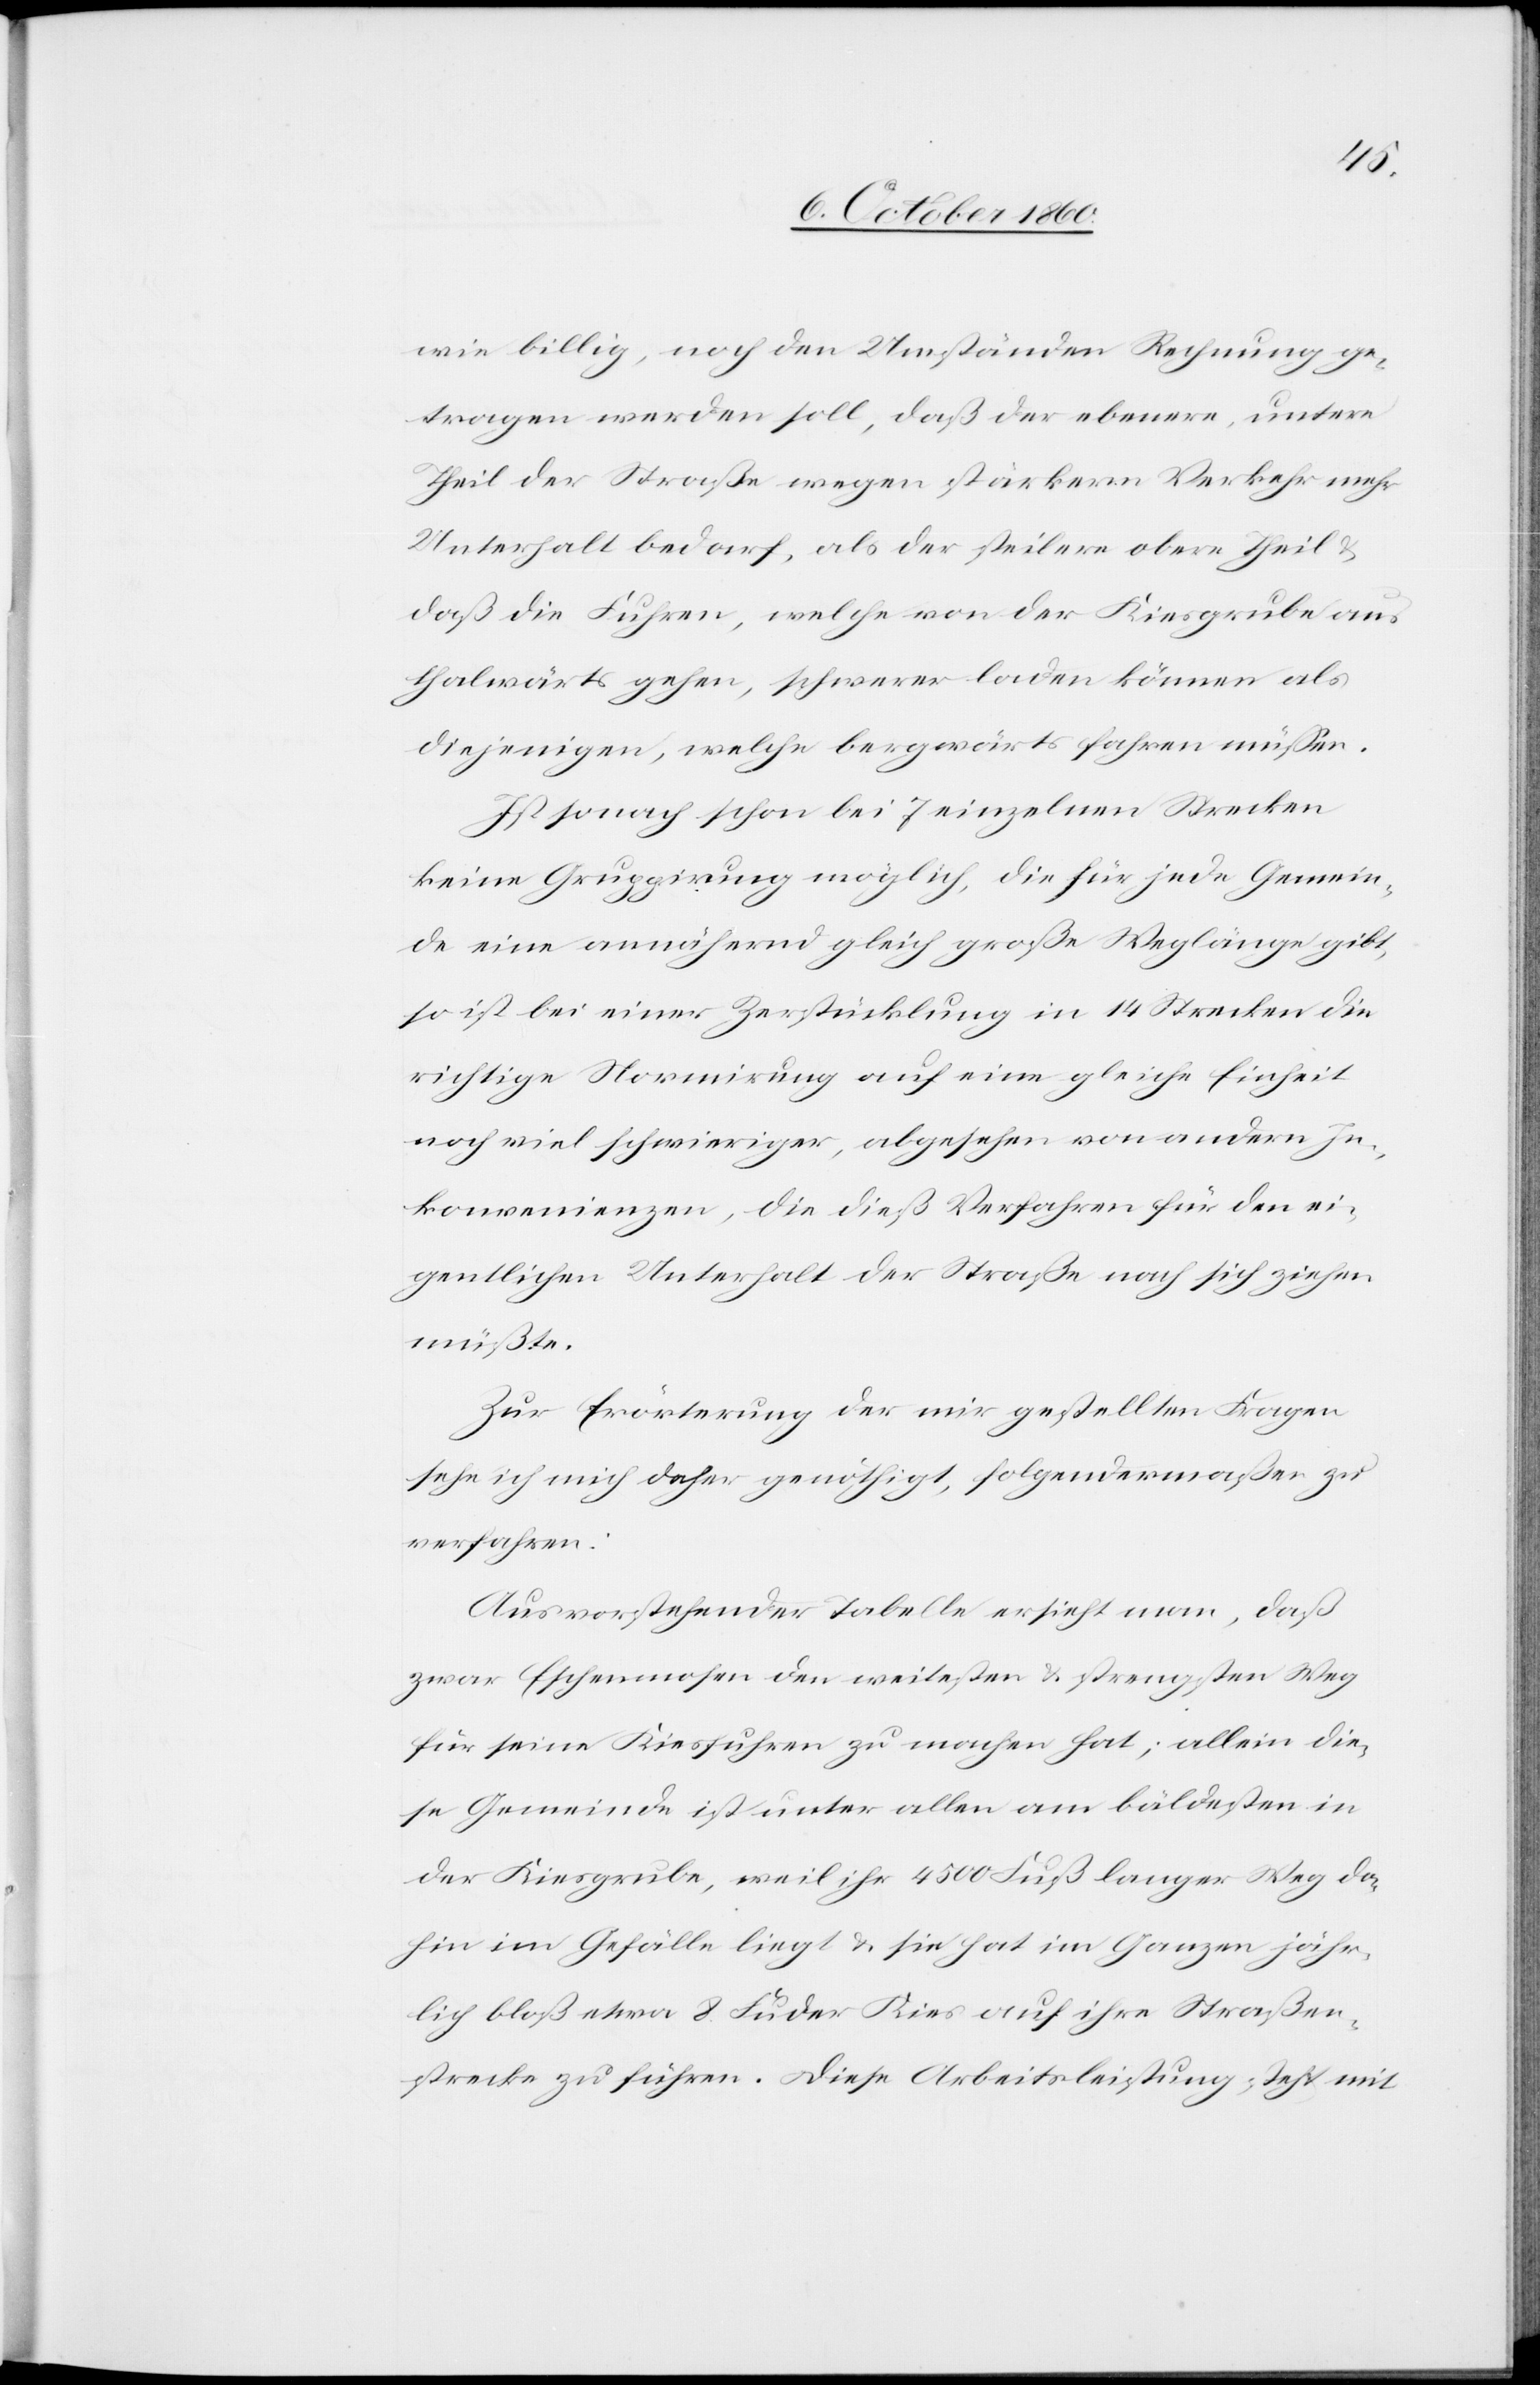
wie billig, noch den Umständen Rechnung ge¬
tragen werden soll, daß der ebenere, untere
Theil der Straße wegen stärkerm Verkehr mehr
Unterhalt bedarf, als der steilere obere Theil
daß die Fuhren, welche von der Kiesgrube aus
thalwärts gehen, schwerer laden können als
diejenigen, welche bergwärts fahren müssen.
Ist sonach schon bei 7 einzelnen Strecken
keine Gruppirung möglich, die für jede Gemein¬
de eine annähernd gleich große Weglänge gibt,
so ist bei einer Zerstücklung in 14 Strecken die
richtige Normirung auf eine gleiche Einheit
noch viel schwieriger, abgesehen von andern In¬
konvenienzen, die dieß Verfahren für den ei¬
gentlichen Unterhalt der Straße nach sich ziehen
müßte.
Zur Erörterung der mir gestellten Fragen
sehe ich mich daher genöthigt, folgendermaßen zu
verfahren:
Aus vorstehender Tabelle ersieht man, daß
zwar Eschenmosen den weitesten u. strengsten Weg
für seine Kiesfuhren zu machen hat, allein die¬
se Gemeinde ist unter allen am bäldesten in
der Kiesgrube, weil ihr 4500 Fuß langer Weg da¬
hin im Gefälle liegt u. sie hat im Ganzen jähr¬
lich bloß etwa 8 Fuder Kies auf ihre Straßen¬
strecke zu führen. Diese Arbeitsleistung steht mit